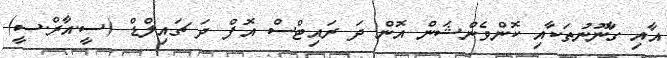
އާއި ގާނޫނުތަކާއި ކޮންވެންޝަން އޮން ދަ ރައިޓްސް އޮފް ދަ ޗައިލްޑް (ސީ.އާރް.ސީ)